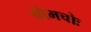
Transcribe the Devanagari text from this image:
चोभचोः